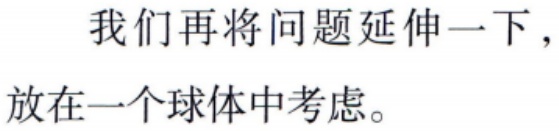
我们再将问题延伸一下，放在一个球体中考虑。